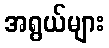
အရွယ်များ